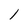
Character: 1